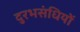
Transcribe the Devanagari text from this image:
दुरभसंधियों